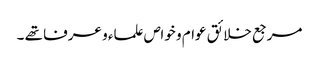
مرجع خلائق عوام و خواص علماء و عرفا تھے ۔